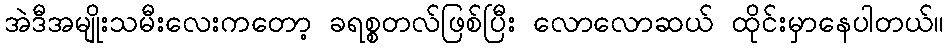
အဲဒီအမျိုးသမီးလေးကတော့ ခရစ္စတလ်ဖြစ်ပြီး လောလောဆယ် ထိုင်းမှာနေပါတယ်။